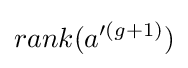
rank(a'^{(g+1)})